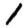
Digit: 1